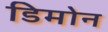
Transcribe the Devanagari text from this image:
डिमोन